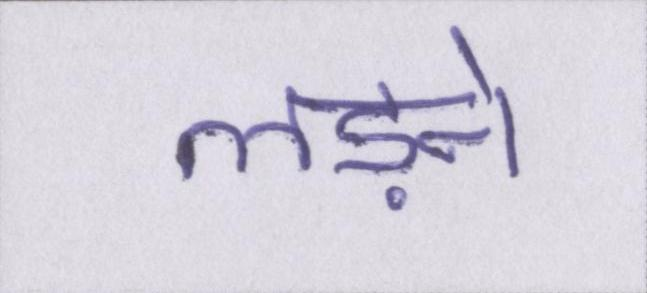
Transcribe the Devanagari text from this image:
लड़ने